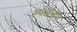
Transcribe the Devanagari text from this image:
स्पर्शचाप